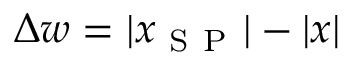
\Delta w = | x _ { \mathrm { ~ S ~ P ~ } } | - | x |